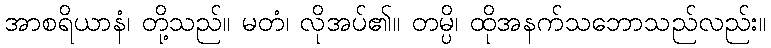
အာစရိယာနံ၊ တို့သည်။ မတံ၊ လိုအပ်၏။ တမ္ပိ၊ ထိုအနက်သဘောသည်လည်း။